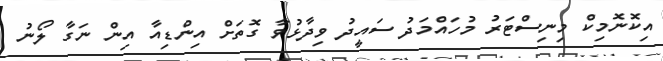
އިކޮނޮމިކް މިނިސްޓަރު މުހައްމަދު ސައީދު ވިދާޅުވާ ގޮތަށް އިންޑިއާ އިން ނަގާ ލޯނު